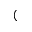
(